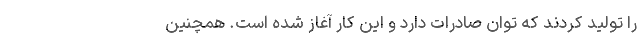
را تولید کردند که توان صادرات دارد و این کار آغاز شده است. همچنین